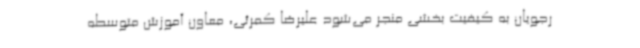
رجویان به کیفیت بخشی منجر می‌شود علیرضا کمرئی، معاون آموزش متوسطه